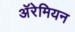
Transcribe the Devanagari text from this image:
अॅरेमियन